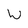
Character: W